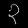
Digit: ၃